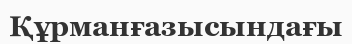
Құрманғазысындағы